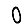
Digit: 0